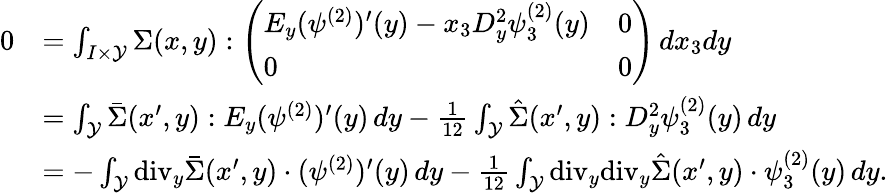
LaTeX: \begin{array}{rl}{0}&{=\int_{I\times\mathcal{Y}}\Sigma(x,y):\left(\begin{array}{ll}{E_{y}(\psi^{(2)})^{\prime}(y)-x_{3}D_{y}^{2}\psi_{3}^{(2)}(y)}&{0}\\ {0}&{0}\end{array}\right)\, dx_{3}dy}\\ &{=\int_{\mathcal{Y}}\bar{\Sigma}(x^{\prime},y):E_{y}(\psi^{(2)})^{\prime}(y)\, dy-\frac{1}{12}\int_{\mathcal{Y}}\hat{\Sigma}(x^{\prime},y):D_{y}^{2}\psi_{3}^{(2)}(y)\, dy}\\ &{=-\int_{\mathcal{Y}}\mathrm{div}_{y}\bar{\Sigma}(x^{\prime},y)\cdot(\psi^{(2)})^{\prime}(y)\, dy-\frac{1}{12}\int_{\mathcal{Y}}\mathrm{div}_{y}\mathrm{div}_{y}\hat{\Sigma}(x^{\prime},y)\cdot\psi_{3}^{(2)}(y)\, dy.}\end{array}